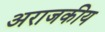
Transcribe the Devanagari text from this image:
अराजकीय